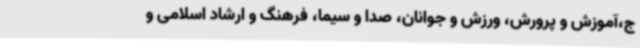
ج،آموزش و پرورش، ورزش و جوانان، صدا و سیما، فرهنگ و ارشاد اسلامی و